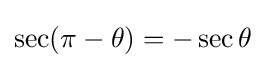
\sec(\pi -\theta )=-\sec \theta